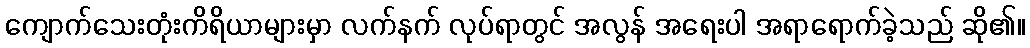
ကျောက်သေးတုံးကိရိယာများမှာ လက်နက် လုပ်ရာတွင် အလွန် အရေးပါ အရာရောက်ခဲ့သည် ဆို၏။